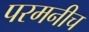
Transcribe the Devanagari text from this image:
परमनीच